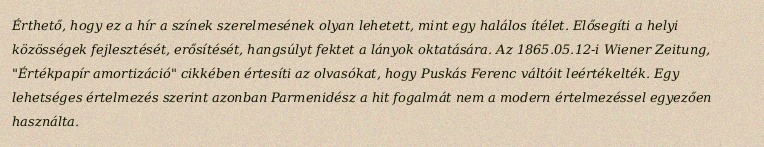
Érthető, hogy ez a hír a színek szerelmesének olyan lehetett, mint egy halálos ítélet. Elősegíti a helyi közösségek fejlesztését, erősítését, hangsúlyt fektet a lányok oktatására. Az 1865.05.12-i Wiener Zeitung, "Értékpapír amortizáció" cikkében értesíti az olvasókat, hogy Puskás Ferenc váltóit leértékelték. Egy lehetséges értelmezés szerint azonban Parmenidész a hit fogalmát nem a modern értelmezéssel egyezően használta.